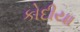
કોદીયા